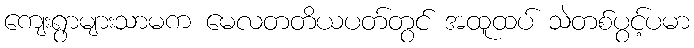
ကျေးရွာများသာမက မေလတတိယပတ်တွင် အထူထပ် သဲတစ်ပွင့်ပမာ